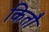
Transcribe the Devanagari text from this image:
कितौ